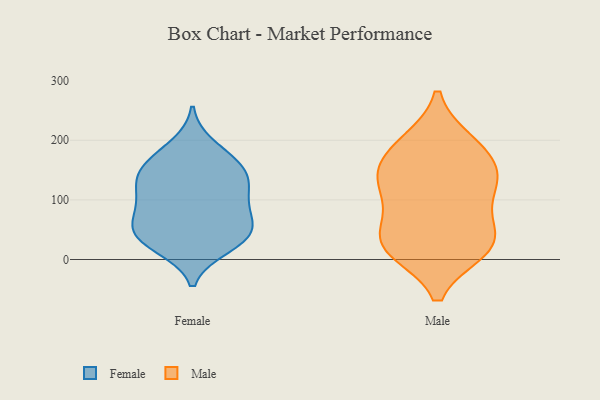
{"axis": {"x": "Waste Production (Tons)", "y": "Value"}, "legend": ["Female", "Male"], "data": [{"x": "", "y": 191, "type": "Female"}, {"x": "", "y": 101, "type": "Female"}, {"x": "", "y": 102, "type": "Female"}, {"x": "", "y": 149, "type": "Female"}, {"x": "", "y": 26, "type": "Female"}, {"x": "", "y": 122, "type": "Female"}, {"x": "", "y": 75, "type": "Female"}, {"x": "", "y": 75, "type": "Female"}, {"x": "", "y": 168, "type": "Female"}, {"x": "", "y": 21, "type": "Female"}, {"x": "", "y": 44, "type": "Female"}, {"x": "", "y": 137, "type": "Female"}, {"x": "", "y": 46, "type": "Female"}, {"x": "", "y": 160, "type": "Female"}, {"x": "", "y": 135, "type": "Female"}, {"x": "", "y": 54, "type": "Female"}, {"x": "", "y": 35, "type": "Female"}, {"x": "", "y": 16, "type": "Male"}, {"x": "", "y": 197, "type": "Male"}, {"x": "", "y": 197, "type": "Male"}, {"x": "", "y": 166, "type": "Male"}, {"x": "", "y": 125, "type": "Male"}, {"x": "", "y": 35, "type": "Male"}, {"x": "", "y": 18, "type": "Male"}, {"x": "", "y": 31, "type": "Male"}, {"x": "", "y": 67, "type": "Male"}, {"x": "", "y": 159, "type": "Male"}, {"x": "", "y": 20, "type": "Male"}, {"x": "", "y": 98, "type": "Male"}, {"x": "", "y": 135, "type": "Male"}, {"x": "", "y": 129, "type": "Male"}]}